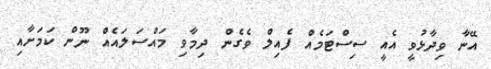
އޭނާ ވިދާޅުވީ އެއީ ސިސްޓަމެއް ފެއިލް ވެގެން ދިމާވި މައްސަލައެއް ނޫން ކަމަށާއި